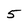
Character: 5